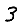
Digit: 3